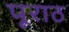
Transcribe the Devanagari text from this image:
पूराठ